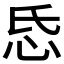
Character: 𢗪